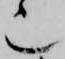
也